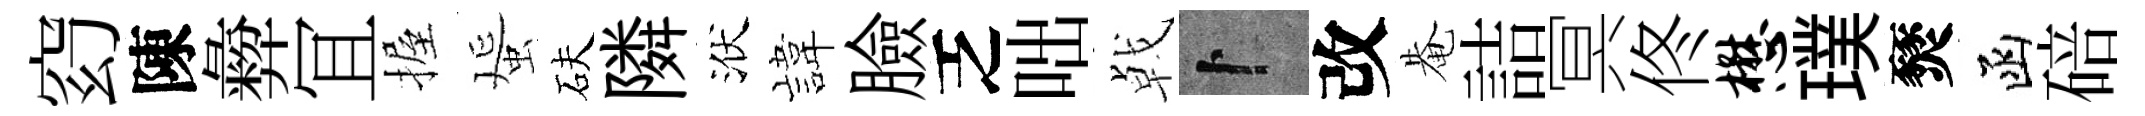
𥥆陳彜冝握蜑砆隣洑旗臉乏咄㦸卜改𤲅詰冥佟懋璞燹函碚